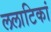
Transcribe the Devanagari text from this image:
ललाटिकां